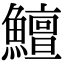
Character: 鱣